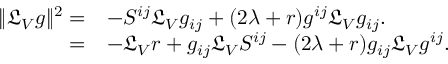
\begin{array} { r l } { \Vert \mathfrak { L } _ { V } g \Vert ^ { 2 } = } & { - S ^ { i j } \mathfrak { L } _ { V } g _ { i j } + ( 2 \lambda + r ) g ^ { i j } \mathfrak { L } _ { V } g _ { i j } . } \\ { = } & { - \mathfrak { L } _ { V } r + g _ { i j } \mathfrak { L } _ { V } S ^ { i j } - ( 2 \lambda + r ) g _ { i j } \mathfrak { L } _ { V } g ^ { i j } . } \end{array}